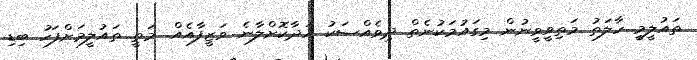
ތައުލީމީ ހާލަތު މަތިވީވީނުން މިގައުމަކުނެތް ދިވެއްސަކު އަދާކޮށްލާނެ ވަޒީފާއެއް. މަތީ ތައުލީމަށްފަހު ބިޑި